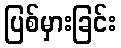
ပြစ်မှားခြင်း